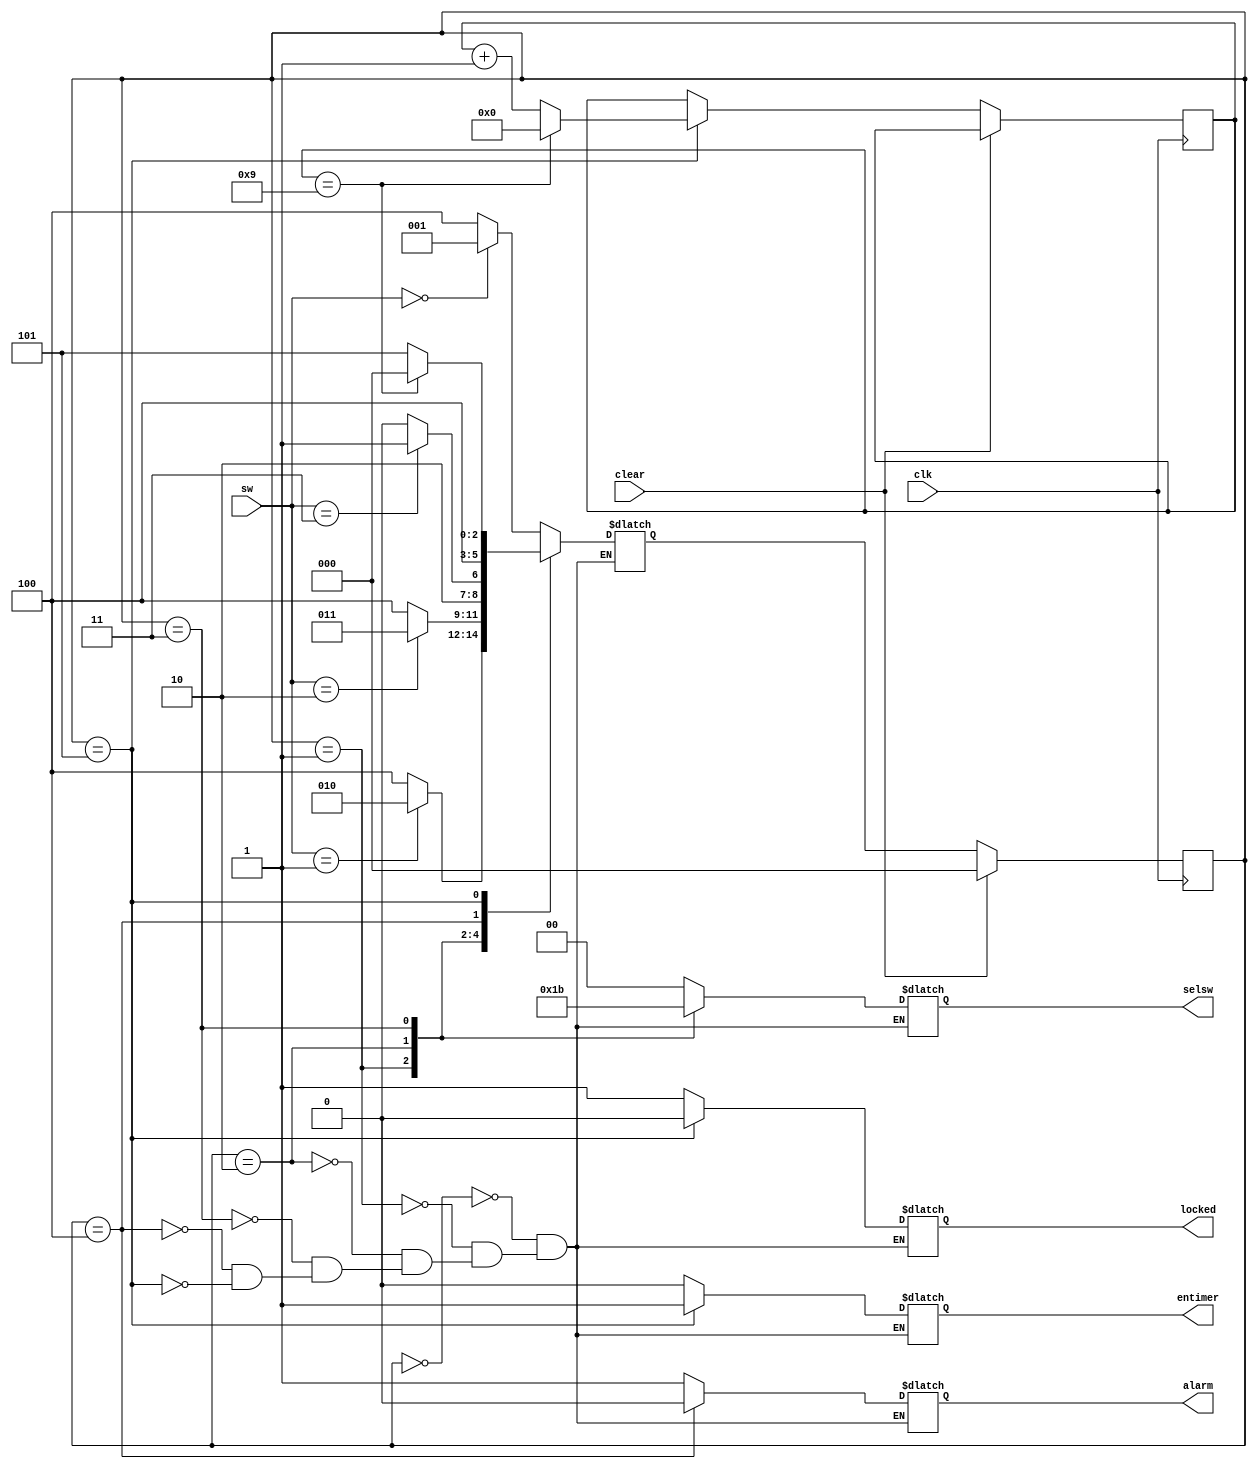
module B220068CS_SNEHA_3(input [2:0]sw, input clk,clear, output reg alarm,locked,entimer,output reg [1:0]selsw);

	parameter s0=3'b000, s1=3'b001, s2=3'b010, s3=3'b011, wrong=3'b100, unlock=3'b101;
	
	reg [2:0]present=s0,next=s0;
	reg [31:0]counter='d0;
	
	always @ (posedge clk) begin
		if (clear)
			present<=s0;
		else begin
			present<=next;
			if (present==unlock) begin
				if (counter==9) begin
					counter<='d0;
				end
				else begin
					counter<=counter+1;
				end
			end		
		end	
	end

	always @ (present,sw,counter) begin
		case (present)
		s0:
			begin
				locked<=1; alarm<=1; entimer<=0; selsw<=2'b00;
				if (sw==0)
					next<=s1;
				else
					next<=wrong;
			end

		s1:
			begin
				locked<=1; alarm<=1; entimer<=0; selsw<=2'b01;
				if (sw==1)
					next<=s2;
				else
					next<=wrong;
			end

		s2:
			begin
				locked<=1; alarm<=1; entimer<=0; selsw<=2'b10;
				if (sw==2)
					next<=s3;
				else
					next<=wrong;
			end

		s3:
			begin
				locked<=1; alarm<=1; entimer<=0; selsw<=2'b11;
				if (sw==3)
					next<=unlock;
				else
					next<=wrong;
			end
		
		wrong:
			begin
				locked<=1; alarm<=0; entimer<=0; selsw<=2'b00;
				next<=wrong;
			end
		
		unlock:
			begin
				locked<=0; alarm<=1; entimer<=1; selsw<=2'b00;
				if (counter==9) begin
					next<=s0;
				end
				else begin
					next<=unlock;
				end
		end

		endcase
	end
	
endmodule